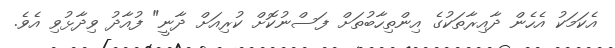
އެކަމަކު އެހެން ދާއިރާތަކުގެ އިންތިހާބުތަށް ފަސްނުކޮށް ކުރިއަށް ދާނީ" ފުއާދު ވިދާޅުވި އެވެ.